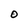
Character: O